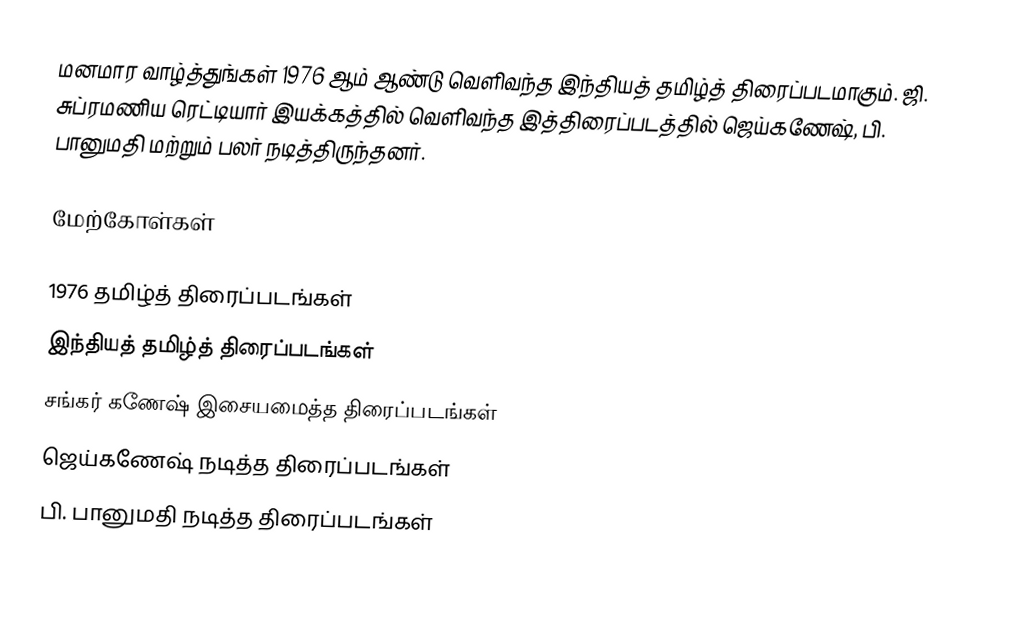
மனமார வாழ்த்துங்கள் 1976 ஆம் ஆண்டு வெளிவந்த இந்தியத் தமிழ்த் திரைப்படமாகும். ஜி. சுப்ரமணிய ரெட்டியார் இயக்கத்தில் வெளிவந்த இத்திரைப்படத்தில் ஜெய்கணேஷ், பி. பானுமதி மற்றும் பலர் நடித்திருந்தனர்.

மேற்கோள்கள்

1976 தமிழ்த் திரைப்படங்கள்
இந்தியத் தமிழ்த் திரைப்படங்கள்
சங்கர் கணேஷ் இசையமைத்த திரைப்படங்கள்
ஜெய்கணேஷ் நடித்த திரைப்படங்கள்
பி. பானுமதி நடித்த திரைப்படங்கள்